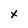
Character: x